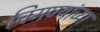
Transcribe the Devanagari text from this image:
चिमण्यांच्या